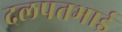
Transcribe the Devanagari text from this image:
दलपतभाई